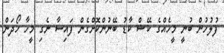
ފުލުހުން ބުނީ މީހެއްގެ ކޭޝް ކާޑު ބޭނުންކޮށްގެން ފައިސާ ނެގި މީހާ ހޯދަން